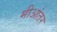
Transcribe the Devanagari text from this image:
मीआंतर